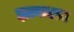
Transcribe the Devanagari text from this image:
ज्ञानतत्व